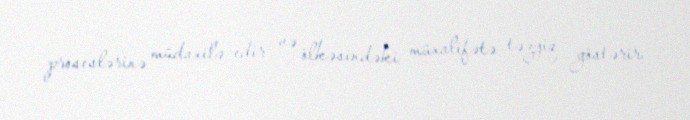
proseslərinə müdaxilə edir və ölkəsindəki müxalifətə təzyiq göstərir.